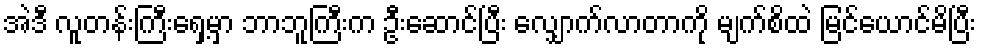
အဲဒီ လူတန်းကြီးရှေ့မှာ ဘာဘူကြီးက ဦးဆောင်ပြီး လျှောက်လာတာကို မျက်စိထဲ မြင်ယောင်မိပြီး